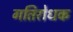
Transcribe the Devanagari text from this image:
गतिरोधक